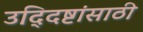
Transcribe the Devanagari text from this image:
उद्‍दिष्टांसाठी